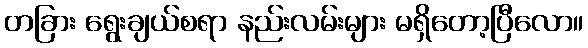
တခြား ရွေးချယ်စရာ နည်းလမ်းများ မရှိတော့ပြီလော။